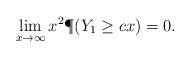
LaTeX: \begin{align*} \lim_{x \to\infty} x^2 \P(Y_1\geq c x) = 0.\end{align*}